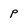
Character: P